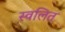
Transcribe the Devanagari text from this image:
स्वलित